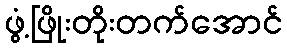
ဖွံ့ဖြိုးတိုးတက်အောင်